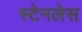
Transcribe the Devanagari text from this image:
स्‍टेनलेस